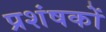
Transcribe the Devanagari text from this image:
प्रशंषकों